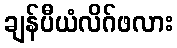
ချန်ပီယံလိဂ်ဖလား